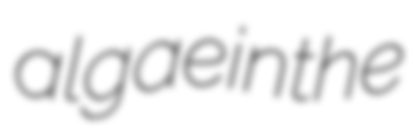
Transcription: algae in the